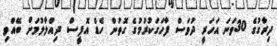
ދިރާގުގެ 30ވަނަ އަހަރީ ދުވަސް ފާހަގަކުރުމުގެ ގޮތުން ހެޑް އޮފީސް ދިއްލާލުމަށް ބޭއްވި